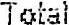
TOTAL